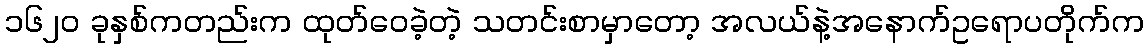
၁၆၂၀ ခုနှစ်ကတည်းက ထုတ်ဝေခဲ့တဲ့ သတင်းစာမှာတော့ အလယ်နဲ့အနောက်ဥရောပတိုက်က